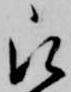
被